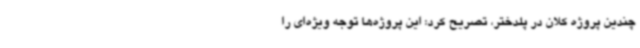
چندین پروژه کلان در پلدختر، تصریح کرد: این پروژه‌ها توجه ویژه‌ای را